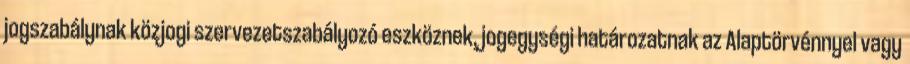
jogszabálynak közjogi szervezetszabályozó eszköznek, jogegységi határozatnak az Alaptörvénnyel vagy